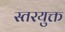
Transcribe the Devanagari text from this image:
स्तरयुक्त